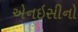
એનઇસીનો